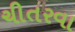
ચીતરવા